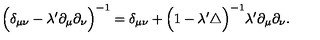
\Big ( \delta _ { \mu \nu } - \lambda ^ { \prime } \partial _ { \mu } \partial _ { \nu } \Big ) ^ { - 1 } = \delta _ { \mu \nu } + \Big ( 1 - \lambda ^ { \prime } \triangle \Big ) ^ { - 1 } \lambda ^ { \prime } \partial _ { \mu } \partial _ { \nu } .